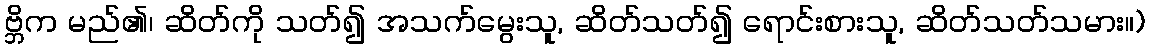
ဗ္ဘိက မည်၏၊ ဆိတ်ကို သတ်၍ အသက်မွေးသူ, ဆိတ်သတ်၍ ရောင်းစားသူ, ဆိတ်သတ်သမား။)